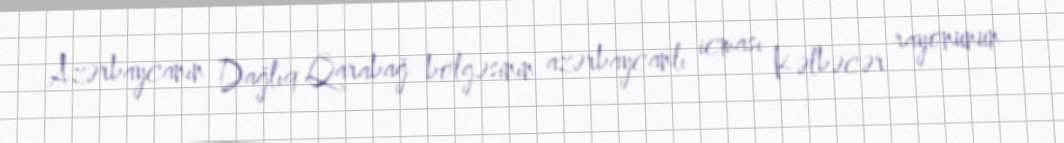
Azərbaycanın Dağlıq Qarabağ bölgəsinin azərbaycanlı icması Kəlbəcər rayonunun